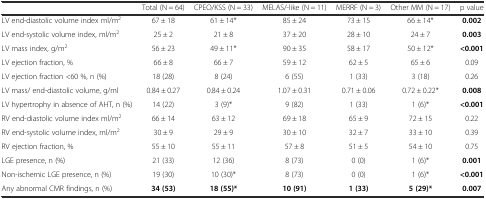
<table><thead><tr><td></td><td><b>Total (N = 64)</b></td><td><b>CPEO/KSS (N = 33)</b></td><td><b>MELAS/-like (N = 11)</b></td><td><b>MERRF (N = 3)</b></td><td><b>Other MM (N = 17)</b></td><td><b>p value</b></td></tr></thead><tbody><tr><td>LV end-diastolic volume index ml/m<sup>2</sup></td><td>67 ± 18</td><td>61 ± 14*</td><td>85 ± 24</td><td>73 ± 15</td><td>66 ± 14*</td><td><b>0.002</b></td></tr><tr><td>LV end-systolic volume index, ml/m<sup>2</sup></td><td>25 ± 2</td><td>21 ± 8</td><td>37 ± 20</td><td>28 ± 10</td><td>24 ± 7</td><td><b>0.003</b></td></tr><tr><td>LV mass index, g/m<sup>2</sup></td><td>56 ± 23</td><td>49 ± 11*</td><td>90 ± 35</td><td>58 ± 17</td><td>50 ± 12*</td><td><b>&lt;0.001</b></td></tr><tr><td>LV ejection fraction, %</td><td>66 ± 8</td><td>66 ± 7</td><td>59 ± 12</td><td>62 ± 5</td><td>65 ± 6</td><td>0.09</td></tr><tr><td>LV ejection fraction &lt;60 %, n (%)</td><td>18 (28)</td><td>8 (24)</td><td>6 (55)</td><td>1 (33)</td><td>3 (18)</td><td>0.26</td></tr><tr><td>LV mass/ end-diastolic volume, g/ml</td><td>0.84 ± 0.27</td><td>0.84 ± 0.24</td><td>1.07 ± 0.31</td><td>0.71 ± 0.06</td><td>0.72 ± 0.22*</td><td><b>0.008</b></td></tr><tr><td>LV hypertrophy in absence of AHT, n (%)</td><td>14 (22)</td><td>3 (9)*</td><td>9 (82)</td><td>1 (33)</td><td>1 (6)*</td><td><b>&lt;0.001</b></td></tr><tr><td>RV end-diastolic volume index ml/m<sup>2</sup></td><td>66 ± 14</td><td>63 ± 12</td><td>69 ± 18</td><td>65 ± 9</td><td>72 ± 15</td><td>0.22</td></tr><tr><td>RV end-systolic volume index, ml/m<sup>2</sup></td><td>30 ± 9</td><td>29 ± 9</td><td>30 ± 10</td><td>32 ± 7</td><td>33 ± 10</td><td>0.39</td></tr><tr><td>RV ejection fraction, %</td><td>55 ± 10</td><td>55 ± 11</td><td>57 ± 8</td><td>51 ± 5</td><td>54 ± 10</td><td>0.75</td></tr><tr><td>LGE presence, n (%)</td><td>21 (33)</td><td>12 (36)</td><td>8 (73)</td><td>0 (0)</td><td>1 (6)*</td><td><b>0.001</b></td></tr><tr><td>Non-ischemic LGE presence, n (%)</td><td>19 (30)</td><td>10 (30)*</td><td>8 (73)</td><td>0 (0)</td><td>1 (6)*</td><td><b>&lt;0.001</b></td></tr><tr><td>Any abnormal CMR findings, n (%)</td><td><b>34 (53)</b></td><td><b>18 (55)*</b></td><td><b>10 (91)</b></td><td><b>1 (33)</b></td><td><b>5 (29)*</b></td><td><b>0.007</b></td></tr></tbody></table>